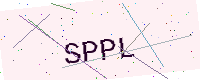
Text: SPPL